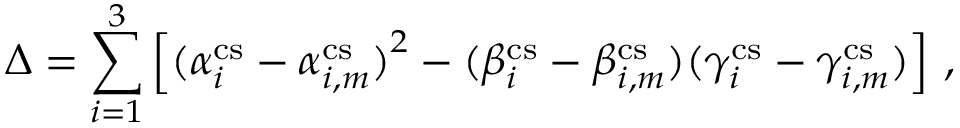
\Delta = \sum _ { i = 1 } ^ { 3 } \left[ { ( \alpha _ { i } ^ { \mathrm { c s } } - \alpha _ { i , m } ^ { \mathrm { c s } } ) } ^ { 2 } - ( \beta _ { i } ^ { \mathrm { c s } } - \beta _ { i , m } ^ { \mathrm { c s } } ) ( \gamma _ { i } ^ { \mathrm { c s } } - \gamma _ { i , m } ^ { \mathrm { c s } } ) \right] \, ,